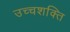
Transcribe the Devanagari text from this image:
उच्चशक्ति